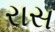
રાસ